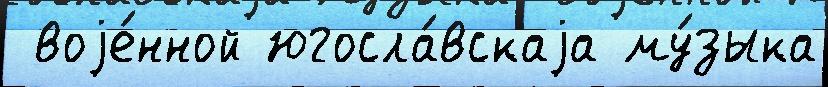
 воjе́нной югосла́вскаjа му́зыка